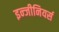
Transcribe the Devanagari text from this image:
इन्जीनियर्स